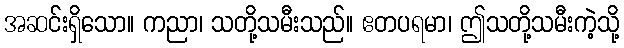
အဆင်းရှိသော။ ကညာ၊ သတို့သမီးသည်။ ဧတပရမာ၊ ဤသတို့သမီးကဲ့သို့